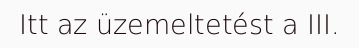
Itt az üzemeltetést a III.